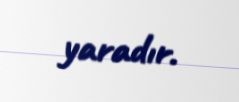
yaradır.